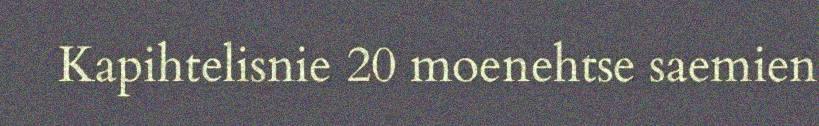
Kapihtelisnie 20 moenehtse saemien